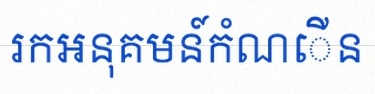
រកអនុគមន៍កំណើន